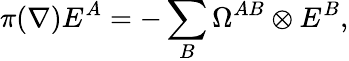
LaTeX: \pi(\nabla)E^{A}=-\sum_{B}\Omega^{AB}\otimes E^{B},